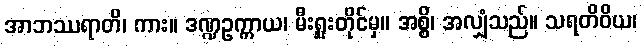
အာဘဿရာတိ၊ ကား။ ဒဏ္ဍဥက္ကာယ၊ မီးရှူးတိုင်မှ။ အစ္စိ၊ အလျှံသည်။ သရတိဝိယ၊